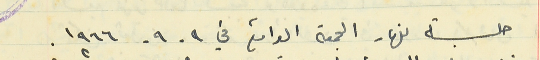
حلسة نهار الجمعة الواقع في ٩- ٩- ١٩٦٦.